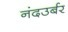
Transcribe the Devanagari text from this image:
नंदउर्बर